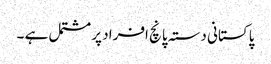
پاکستانی دستہ پانچ افراد پر مشتمل ہے ۔